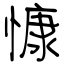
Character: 慷